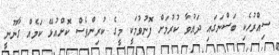
ސިއްރުހެކި ބަސްނަގައި ދައުވާ ކުރުމަށް ފޮނުވުމަކީ މީގެ ކުރިންވެސް ކޮށްއުޅޭ ކަމެއް ގާނޫނީ